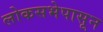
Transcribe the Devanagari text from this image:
लोकसभेपासून